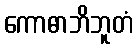
ကောဓာဘိဘူတံ